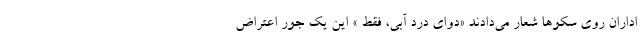
اداران روی سکوها شعار می‌دادند «دوای درد آبی، فقط » این یک جور اعتراض